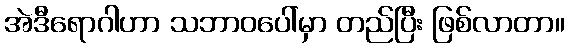
အဲဒီရောဂါဟာ သဘာဝပေါ်မှာ တည်ပြီး ဖြစ်လာတာ။